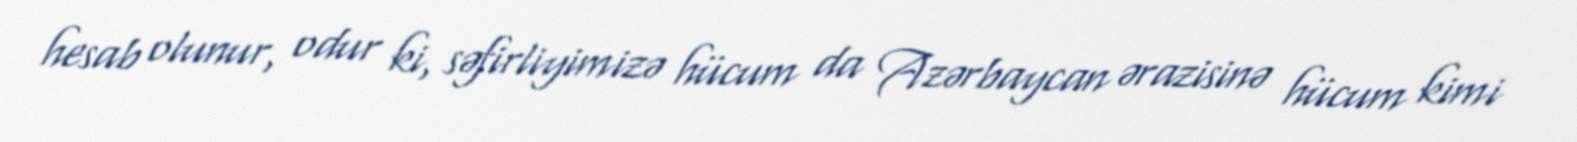
hesab olunur, odur ki, səfirliyimizə hücum da Azərbaycan ərazisinə hücum kimi